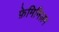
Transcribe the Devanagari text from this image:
फ़ेमिनिज़म